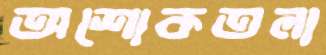
অশোকতলা